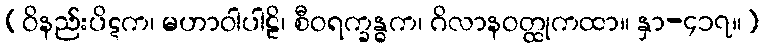
(ဝိနည်းပိဋက၊ မဟာဝါပါဠိ၊ စီဝရက္ခန္ဓက၊ ဂိလာနဝတ္ထုကထာ။ နှာ-၄၁၇။)